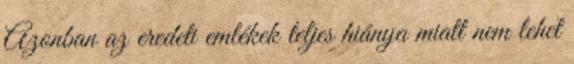
Azonban az eredeti emlékek teljes hiánya miatt nem lehet